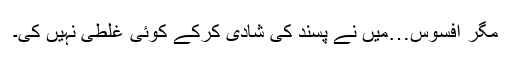
مگر افسوس…میں نے پسند کی شادی کرکے کوئی غلطی نہیں کی۔